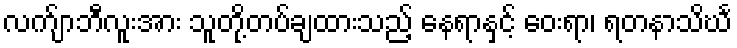
လက်ျာဘီလူးအား သူတို့တပ်ချထားသည့် နေရာနှင့် ဝေးရာ၊ ရတနာသိင်္ဃ